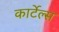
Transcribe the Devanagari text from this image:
कार्टेल्स